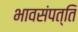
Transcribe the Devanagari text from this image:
भावसंपत्ति